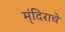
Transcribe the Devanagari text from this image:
म्ंदिराचे